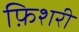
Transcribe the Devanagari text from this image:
फ़िशरी